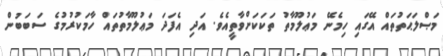
މަޞްލަޙަތުތައް އޭގައި ހިމެނޭ މަޢުލޫމާތު ތަކަކަށްވާތީއެވެ. އަދި އެފަދަ މަޢުލޫމާތުތައް ހާމަކުރުމުގެ ސަބަބުން